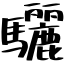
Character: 驪